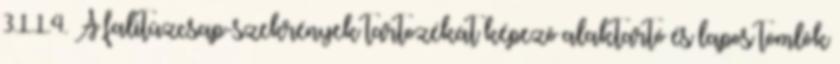
3.1.1.4. A falitûzcsap-szekrények tartozékát képezõ alaktartó és lapos tömlõk